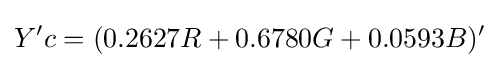
Y'c=(0.2627R+0.6780G+0.0593B)'